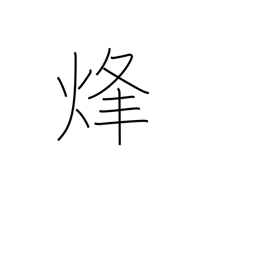
Meaning: signal fire